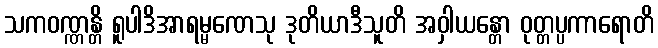
သကဝဏ္ဏန္တိ ရူပါဒိအာရမ္မဏေသု ဒုတိယာဒီသူတိ အဝှါယန္တော ဝုတ္တပ္ပကာရောတိ